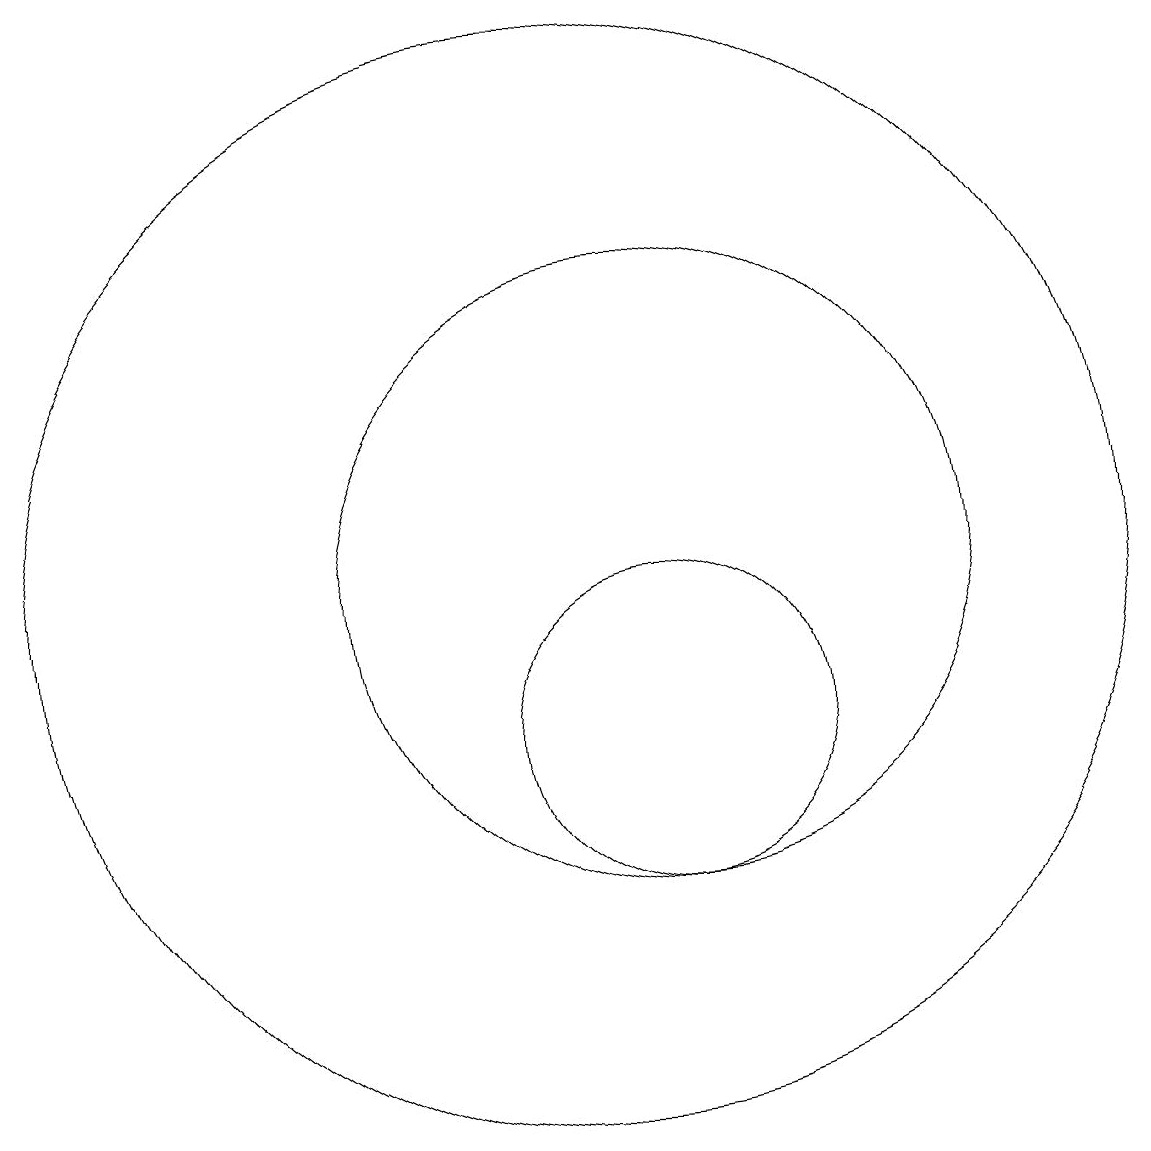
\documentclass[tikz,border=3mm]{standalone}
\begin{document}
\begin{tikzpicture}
\draw (10,12) circle (7);
\draw (11,12) circle (4);
\draw (11,10) circle (2);
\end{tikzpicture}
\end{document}